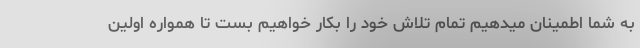
به شما اطمینان میدهیم تمام تلاش خود را بکار خواهیم بست تا همواره اولین